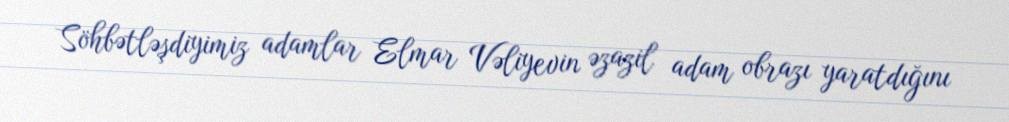
Söhbətləşdiyimiz adamlar Elmar Vəliyevin əzazil adam obrazı yaratdığını